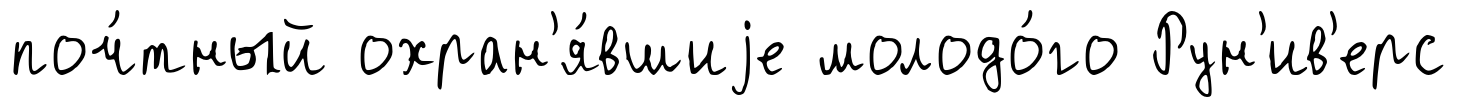
поч́тный охран'я́вшиjе молодо́го Рун'ив'ерс